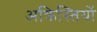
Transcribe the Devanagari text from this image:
अक्रिस्तियों